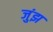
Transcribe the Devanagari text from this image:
जुंझ